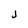
Character: j